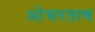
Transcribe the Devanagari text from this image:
ओसरताच